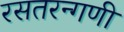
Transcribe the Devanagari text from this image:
रसतरन्गणी